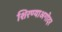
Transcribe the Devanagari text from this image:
शिरण्याअगोदर